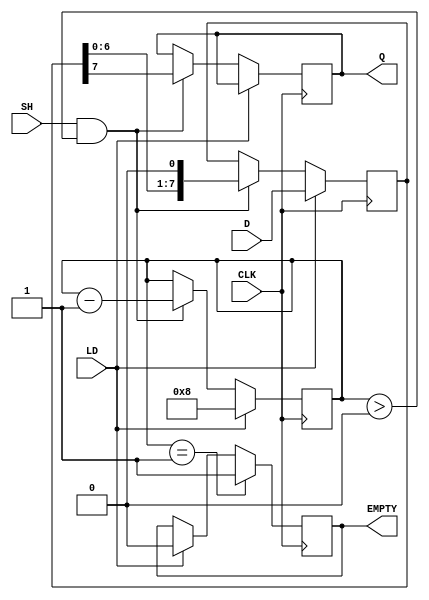
module PISO_Register #(
    parameter WIDTH = 8 // width of the data input
)(
    input wire [WIDTH-1:0] D,      // Data inputs
    input wire LD,                  // Load control signal
    input wire CLK,                 // Clock signal
    input wire SH,                  // Shift control signal
    output reg Q,                   // Serial output
    output reg EMPTY                // Empty signal
);

    // Internal register to hold the data
    reg [WIDTH-1:0] shift_reg;
    reg [3:0] count; // to keep track of number of shifted bits

    always @(posedge CLK) begin
        if (LD) begin
            // Load data into the shift register
            shift_reg <= D;
            count <= WIDTH; // All bits are loaded
            EMPTY <= 1'b0; // Register is not empty after loading
        end 
        else if (SH && (count > 0)) begin
            // Shift operation
            Q <= shift_reg[WIDTH-1]; // Output the MSB
            shift_reg <= {shift_reg[WIDTH-2:0], 1'b0}; // Shift to the right
            count <= count - 1; // Decrement the count of bits left to shift
        end

        // Update EMPTY signal
        if (count == 1) begin
            EMPTY <= 1'b1; // The register is empty after last shift
        end
    end

    // Initialize EMPTY and Q during reset (optional)
    initial begin
        Q = 1'b0;
        EMPTY = 1'b1; // Register starts empty
        count = 0;
    end

endmodule